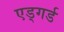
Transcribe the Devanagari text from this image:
एड्गर्ड